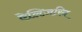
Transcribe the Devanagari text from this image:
ऐलिज़रिन